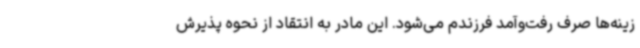
زینه‌ها صرف رفت‌وآمد فرزندم می‌شود. این مادر به انتقاد از نحوه پذیرش